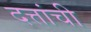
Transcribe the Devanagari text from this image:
दत्तांची